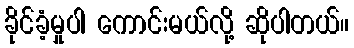
ခိုင်ခံ့မှုပါ ကောင်းမယ်လို့ ဆိုပါတယ်။